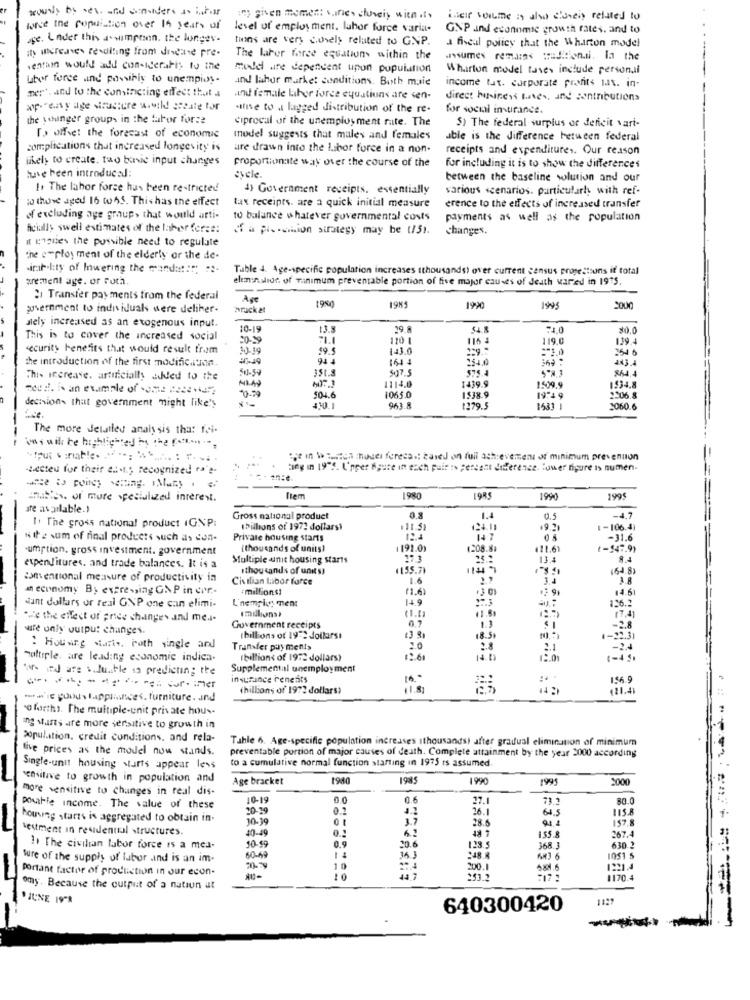
tously by ses. und sonanders an infar
iny given moment .. inie. luveis with .t.
ileir wollte in alo cianely related to
wise the population over 15 years of
level of employment. labor force varia.
GNP and economic growth rates, and to
age. Under this a wimpoon. the longes-
tions are very cionely related to GNP.
it increases resulting from diseine pre-
a fiscal policy that the Wharton model
The labor force equations within the
assumes remains traditiondi. la the
ventai would add con-ideratis to ine
model are dependent upon population
Wharton model tases include personali
utor force und passihis to unempioy.
und labor market conditions. Both maie
mer , and to the comincting effect that a
income tat. corporate profits lat. in-
and female Liber force equations are sen-
direct hihiness ties, and contributions
ap- "easy age structure wild state for
wifise to a lagged distribution of the re.
for social intirance.
the younger group- in the labor forse
ciprocal of the unemployment rate. The
5) The federal surplus or deficit vari-
To offset the forecast of economic
model suggests that males and females
able is the difference between federal
complications that increased longevity is
are drawn into the Libor force in a non-
receipts and expenditures. Our reason
iskel, to create. tuo basic input changes
proportionate way over the course of the
for including it is to show the differences
buve been introduced:
evele.
between the baseline solution and our
1. The labor forse has been restricted
d) Government receipts. essentially
various scenarios. particularh with ref-
to those aged 16 to45. Thishas the effect
tax receipts. are a quick initial measure
erence to the effects of increased transfer
of excluding age group, that would arti-
to balance whatever governmental costs
payments as well as the population
Acially swell estimates of the labor for :::
of a protion strategy may be (5).
changes.
it enaues the possible need to regulate
the e-ploy ment of the elderly or the de-
sirat.lity of Inwering the mandat!": "2.
Table 4. Age-specific population increases tthousands) over current census protestsons if total
grement age. or ruth.
elemenslor. of minimum preventable portion of five major causes of death wared in 1975.
Transfer payments from the federal
1950
government to individuals were deliker-
arack 2t
19K5
1990
1945
2000
ately increased as an exogenous input.
10-19
13.5
19
$0.0
This is to cover the increased social
20-29
120 1
115 4
119.0
129.4
security benefits that would result from
30-19
99.5
143.0
239 .:
the introduction of the first modification.
94
244.0
369 :
41-59
351.
507.5
575.4
864.1
This increase. artificially added to the
1114.0
1439.9
meus. is an example of some dece -iu"
NL49
1509.9
1934.8
decisions that government might like'y
90.50
504.6
1065.0
1538.9
19:4 9
2206.8
963.8
1279.5
1581 1
3060.6
The more detailed analysis that foi-
vas will be highlighted in the
:je in \ "align :hocei forees .: based on full achievement of minimum prevention
setteu for their east .; recognized ta'e-
cing in 19"S. Upper Apure in each pair :s percent difference. Power figure is numen.
anasies. of more specialized interest.
ftem
1980
198
1990
199
are available.)
Gross national product
1.4
-4.7
I. The gross national product IGNP:
Ibillions of 1971 dollars1
124.11
+9.21
1-106.4)
Hite sum of final products such as con-
Private housing starts
-31.6
-umrtion, gross investment. government
[thousands of units)
1 191.0)
1208.8.
411.61
1-147.9)
Multiple unit housing starts
273
13.4
expenditures, and trade balances. It is a
thousands of units!
(155.7)
(64.8)
conventional measure of productivity in
Cistlian Libor force
1.6
3.4
3.8
an economy By expressing GNP in cor ..
:millions;
11.6)
13 09
14.6
L'nempig ment
149
126.2
Niant dollars or real GNP one can elimi-
11 .9
17.41
We the effect of price changes and me.i-
wire only output changes.
Government receipts
-2.8
(billions of 1972 dollarsı
18 5
1-22.3
: Housing starts, roth single and
Transfer payments
2.0
2.1
-2.4
multiple. are leading economic indica.
(billions of 1972 dollars?
14 . 12
1-4 )
and are s. Justle in predicting the
Supplemental unemployment
-
insurance renents
16. "
156.9
(hiltons of 1972 dollars)
1.8
14:
== ' goods lappliances, furniture. and
o forths. The multiple-unit private hous.
ng starts are more seraitive to growth in
population, credit conditions, and rela-
Tahle 6. Age-specific population increases ithousands) after gradual elimination of minimum
five prices as the model now stands .
preventable portion of major causes of death. Complete attainment by the year 2000 according
to a cumulative normal function starting in 1975 is assumed
Single-unit housing starts appear less
sensitive to growth in population and
Age bracket
1980
1985
1990
1991
2000
more sensitive to changes in real dis
10-19
0.0
0.6
27.1
73.2
80.0
posable income. The value of these
0.2
26.1
64.5
115.8
housing starts is aggregated to obtain in-
10.39
1.7
28.6
L KF
157.8
'estment in residential structures.
40-49
267.4
10.99
0.9
20.6
155.8
1) The civilian labor force is a med.
123.5
368.3
630 2
sure of the supply of labor .ind is an im.
60-69
363
1051 5
portant factor of production in our econ-
10
200.1
584.6
1221.4
10
omy. Because the output of a nation at
JUNE 1998
640300420